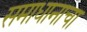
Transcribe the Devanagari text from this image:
समाधानाचा